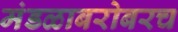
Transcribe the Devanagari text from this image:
मंडळाबरोबरच